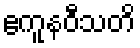
ဧကူနဝီသတိ